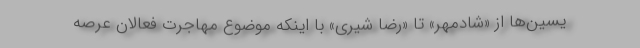
یسین‌ها از «شادمهر» تا «رضا شیری» با اینکه موضوع مهاجرت فعالان عرصه